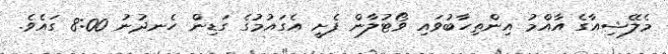
މެލޭޝިއާގެ އާއްމު އިންތިހާބުވައި ވޯޓުލާން ފެށީ އެގައުމުގެ ގަޑިން ހެނދުނު 8:00 ގައެވެ.